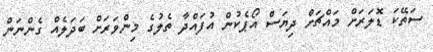
ސަތޭކަ ޑޮލަރަށް މައްޗަށް ދިޔަސް އޯޕެކުން އުފައްދާ ތެލުގެ މިންވަރަށް ބަދަލެއް ގެންނަން